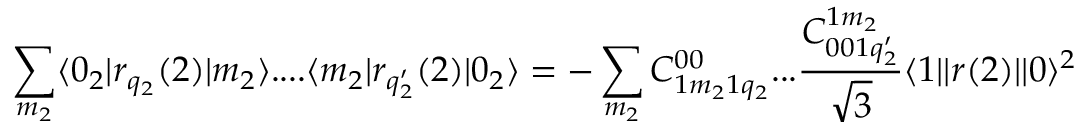
\sum _ { m _ { 2 } } \langle 0 _ { 2 } | r _ { q _ { 2 } } ( 2 ) | m _ { 2 } \rangle . . . . \langle m _ { 2 } | r _ { q _ { 2 } ^ { \prime } } ( 2 ) | 0 _ { 2 } \rangle = - \sum _ { m _ { 2 } } C _ { 1 m _ { 2 } 1 q _ { 2 } } ^ { 0 0 } . . . \frac { C _ { 0 0 1 q _ { 2 } ^ { \prime } } ^ { 1 m _ { 2 } } } { \sqrt { 3 } } \langle 1 | | r ( 2 ) | | 0 \rangle ^ { 2 }